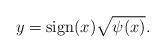
LaTeX: \begin{align*}y=\mathrm{sign}(x)\sqrt{\psi(x)}.\end{align*}